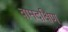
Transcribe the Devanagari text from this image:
वामदक्षिण